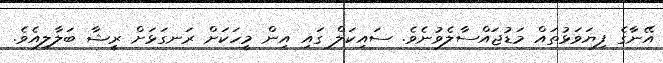
އޭނާގެ ފިޔަވަޅުތައް މަޑުޖައްސާލެެވުނެވެ. ސައިކަލް ގައި އިން މީހަކަށް ރަނގަޅަށް ރީޝާ ބަލާލިއެވެ.